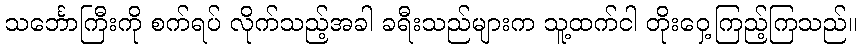
သင်္ဘောကြီးကို စက်ရပ် လိုက်သည့်အခါ ခရီးသည်များက သူ့ထက်ငါ တိုးဝှေ့ကြည့်ကြသည်။